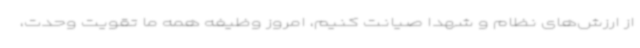
از ارزش‌های نظام و شهدا صیانت کنیم، امروز وظیفه همه ما تقویت وحدت،